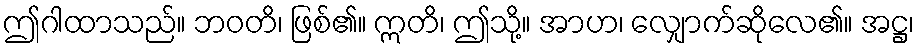
ဤဂါထာသည်။ ဘဝတိ၊ ဖြစ်၏။ ဣတိ၊ ဤသို့။ အာဟ၊ လျှောက်ဆိုလေ၏။ အဋ္ဌ၊